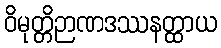
ဝိမုတ္တိဉာဏဒဿနတ္ထာယ